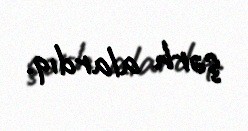
şərh alardıq.